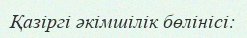
Қазіргі әкімшілік бөлінісі: